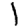
Digit: 1